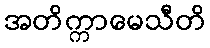
အတိက္ကာမေသီတိ